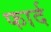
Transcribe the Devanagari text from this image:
फार्द